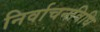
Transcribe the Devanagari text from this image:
निर्वाचनविधि